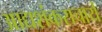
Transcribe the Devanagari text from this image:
आद्यशंकराचार्य